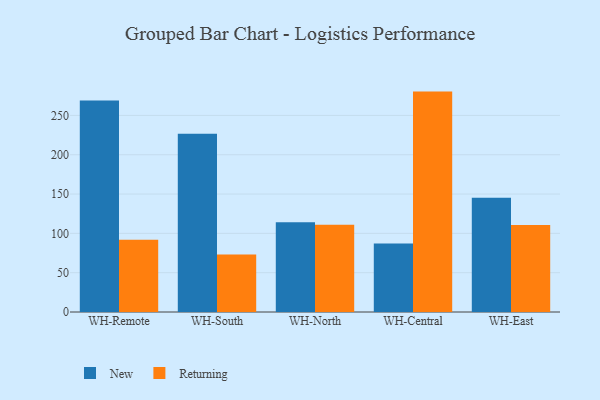
{"axis": {"x": "Warehouse", "y": "Customer Acquisition Cost (USD)"}, "legend": ["New", "Returning"], "data": [{"x": "WH-Remote", "y": 268.9, "type": "New"}, {"x": "WH-Remote", "y": 91.8, "type": "Returning"}, {"x": "WH-South", "y": 226.7, "type": "New"}, {"x": "WH-South", "y": 73.0, "type": "Returning"}, {"x": "WH-North", "y": 114.3, "type": "New"}, {"x": "WH-North", "y": 110.9, "type": "Returning"}, {"x": "WH-Central", "y": 87.0, "type": "New"}, {"x": "WH-Central", "y": 280.3, "type": "Returning"}, {"x": "WH-East", "y": 145.3, "type": "New"}, {"x": "WH-East", "y": 110.8, "type": "Returning"}]}